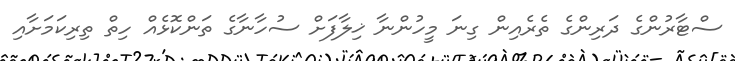
ސްޓާރުންގެ ދަރިންގެ ތެރެއިން ގިނަ މީހުންނާ ޚިލާފަށް ސުހާނާގެ ތަންކޮޅެއް ހިތް ތިރިކަމަށާއި